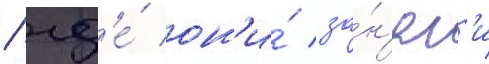
/ гд'е́ он'и́ за́н'ял'и